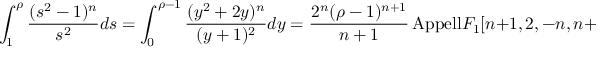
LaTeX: \int _ { 1 } ^ { \rho } \frac { ( s ^ { 2 } - 1 ) ^ { n } } { s ^ { 2 } } d s = \int _ { 0 } ^ { \rho - 1 } \frac { ( y ^ { 2 } + 2 y ) ^ { n } } { ( y + 1 ) ^ { 2 } } d y = \frac { 2 ^ { n } ( \rho - 1 ) ^ { n + 1 } } { n + 1 } \, \mathrm { { A p p e l l } } F _ { 1 } [ n + 1 , 2 , - n , n + 2 , 1 - \rho , \frac { 1 - \rho } { 2 } ]